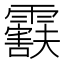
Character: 𬰒